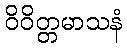
ဝိဝိတ္တမာသနံ